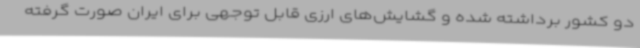
دو کشور برداشته شده و گشایش‌های ارزی قابل توجهی برای ایران صورت گرفته